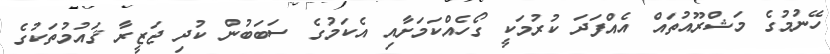
ހޭނުމުގެ މަޝްރޫއުތައް އެއްފަދަ ކުރުމަކީ ގޯހެއްކަމަށާއި އެކަމުގެ ސަބަބުން ކުދި ޖަޒީރާ ޤައުމުތަކުގެ